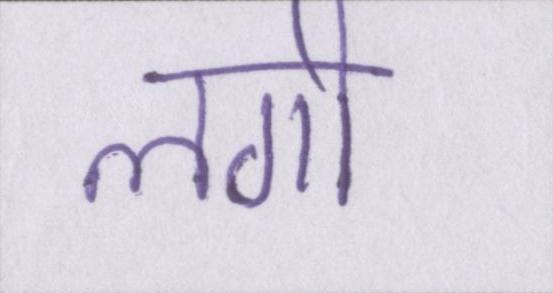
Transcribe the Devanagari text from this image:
लगी